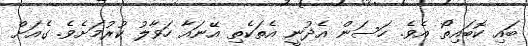
ބައި ކޮބައިތޯ އެވެ. ހަސަން އެދުނީ އެތަކެތި އޭނައާ ހަވާލު ކުރުމަށެވެ. ގެއަށް